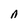
Character: n